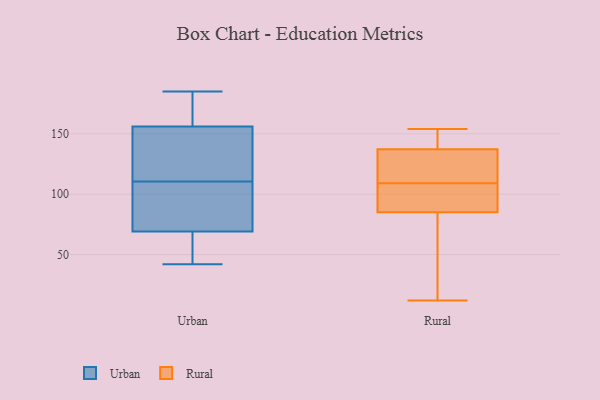
{"axis": {"x": "Latency (ms)", "y": "Value"}, "legend": ["Rural", "Urban"], "data": [{"x": "", "y": 58, "type": "Urban"}, {"x": "", "y": 182, "type": "Urban"}, {"x": "", "y": 156, "type": "Urban"}, {"x": "", "y": 68, "type": "Urban"}, {"x": "", "y": 97, "type": "Urban"}, {"x": "", "y": 50, "type": "Urban"}, {"x": "", "y": 153, "type": "Urban"}, {"x": "", "y": 185, "type": "Urban"}, {"x": "", "y": 42, "type": "Urban"}, {"x": "", "y": 69, "type": "Urban"}, {"x": "", "y": 164, "type": "Urban"}, {"x": "", "y": 101, "type": "Urban"}, {"x": "", "y": 120, "type": "Urban"}, {"x": "", "y": 153, "type": "Urban"}, {"x": "", "y": 75, "type": "Urban"}, {"x": "", "y": 80, "type": "Urban"}, {"x": "", "y": 128, "type": "Urban"}, {"x": "", "y": 184, "type": "Urban"}, {"x": "", "y": 125, "type": "Rural"}, {"x": "", "y": 91, "type": "Rural"}, {"x": "", "y": 139, "type": "Rural"}, {"x": "", "y": 154, "type": "Rural"}, {"x": "", "y": 62, "type": "Rural"}, {"x": "", "y": 98, "type": "Rural"}, {"x": "", "y": 132, "type": "Rural"}, {"x": "", "y": 109, "type": "Rural"}, {"x": "", "y": 154, "type": "Rural"}, {"x": "", "y": 83, "type": "Rural"}, {"x": "", "y": 12, "type": "Rural"}]}